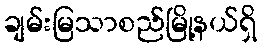
ချမ်းမြသာစည်မြို့နယ်ရှိ